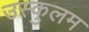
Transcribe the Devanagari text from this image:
उस्कुलम